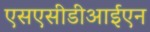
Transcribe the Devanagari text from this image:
एसएसीडीआईएन